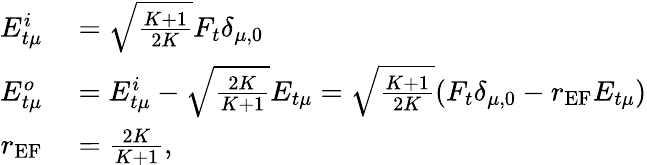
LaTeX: \begin{array}{rl}{E_{t\mu}^{i}}&{{}=\sqrt{\frac{K+1}{2K}}F_{t}\delta_{\mu,0}}\\ {E_{t\mu}^{o}}&{{}=E_{t\mu}^{i}-\sqrt{\frac{2K}{K+1}}E_{t\mu}=\sqrt{\frac{K+1}{2K}}(F_{t}\delta_{\mu,0}-r_{\textrm{EF}}E_{t\mu})}\\ {r_{\textrm{EF}}}&{{}=\frac{2K}{K+1},}\end{array}